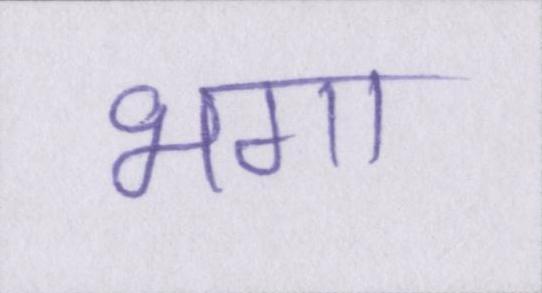
भगा